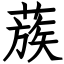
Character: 蔟